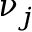
\nu _ { j }